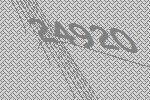
24920